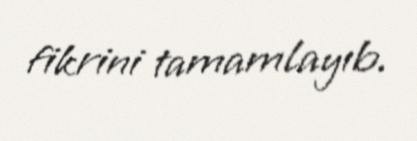
fikrini tamamlayıb.